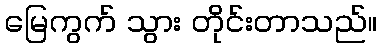
မြေကွက် သွား တိုင်းတာသည်။